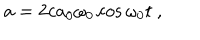
a = 2 c a _ { 0 } \omega _ { 0 } \cos \omega _ { 0 } t ~ ,